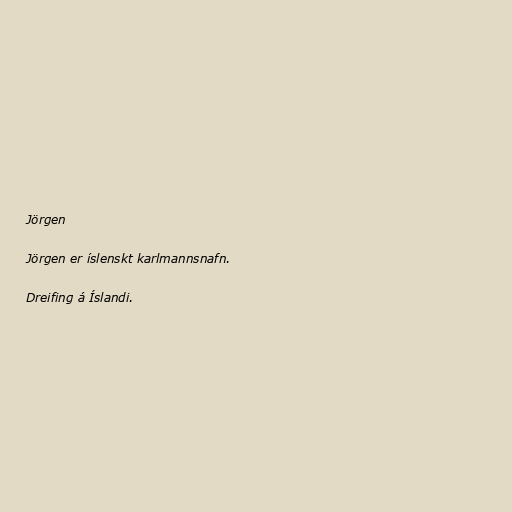
Jörgen

Jörgen er íslenskt karlmannsnafn.

Dreifing á Íslandi.